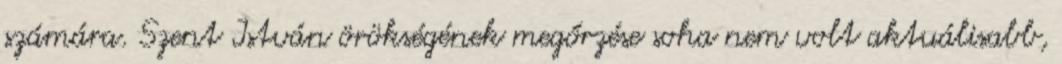
számára. Szent István örökségének megőrzése soha nem volt aktuálisabb,